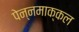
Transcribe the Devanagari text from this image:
पेन्नमाक्कल